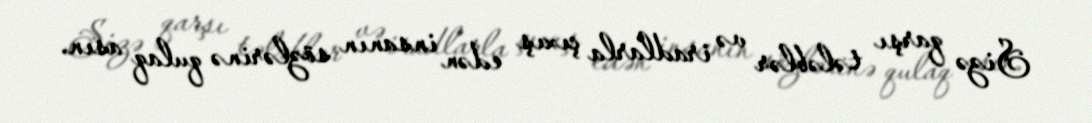
Sizə qarşı tələblər və iradlarla çıxış edən insanın sözlərinə qulaq asın.